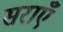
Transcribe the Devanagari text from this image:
सराएँ